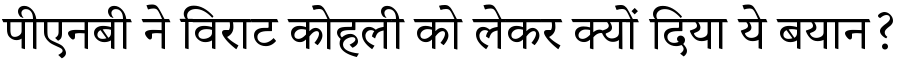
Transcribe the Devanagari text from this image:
पीएनबी ने विराट कोहली को लेकर क्यों दिया ये बयान?